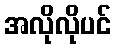
အလိုလိုပင်